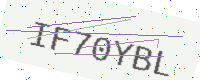
Text: IF70YBL